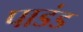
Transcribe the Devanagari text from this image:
पाडंड